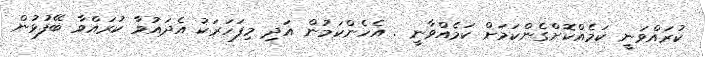
ކުރައްވަނީ ކަމެއްކޮށްގެންކަމަށް ކަމެއްވާނީ . އެހެންކަމުން އަދި މިފަހަރަކު އެދައުވާ ކުރައްވާ ބޭފުޅުން